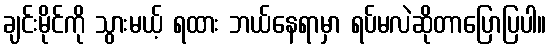
ချင်းမိုင်ကို သွားမယ့် ရထား ဘယ်နေရာမှာ ရပ်မလဲဆိုတာပြောပြပါ။